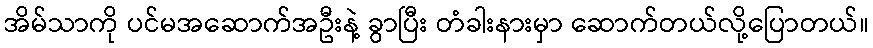
အိမ်သာကို ပင်မအဆောက်အဦးနဲ့ ခွာပြီး တံခါးနားမှာ ဆောက်တယ်လို့ပြောတယ်။